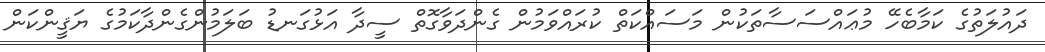
ދައުލަތުގެ ކަމާބެހޭ މުޢައްސަސާތަކުން މަސައްކަތް ކުރައްވަމުން ގެންދަވާގޮތް ސީދާ އަޅުގަނޑު ބަލަމުންގެންދާކަމުގެ ޔަޤީންކަން